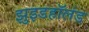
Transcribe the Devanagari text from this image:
झुइडहॉलंड